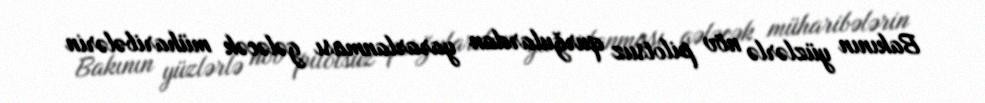
Bakının yüzlərlə növ pilotsuz qurğulardan yararlanması gələcək müharibələrin